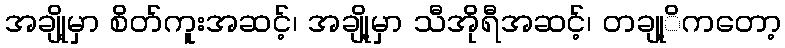
အချို့မှာ စိတ်ကူးအဆင့်၊ အချို့မှာ သီအိုရီအဆင့်၊ တချု့ိကတော့